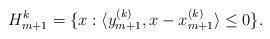
LaTeX: \begin{align*}H_{m+1}^{k}=\{x:\langle y_{m+1}^{(k)},x-x_{m+1}^{(k)}\rangle\leq0\}.\end{align*}